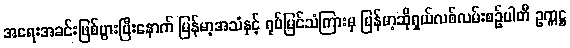
အရေးအခင်းဖြစ်ပွားပြီးနောက် မြန်မာ့အသံနှင့် ရုပ်မြင်သံကြားမှ မြန်မာ့ဆိုရှယ်လစ်လမ်းစဉ်ပါတီ ဥက္ကဋ္ဌ